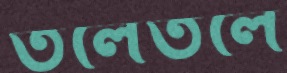
তলেতলে